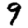
Digit: 9